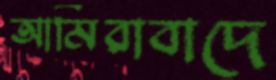
আমিরাবাদে